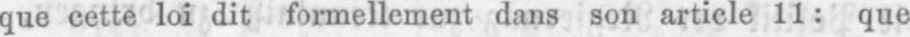
que cette loi dit formellement dans son article 11: que